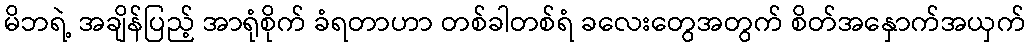
မိဘရဲ့ အချိန်ပြည့် အာရုံစိုက် ခံရတာဟာ တစ်ခါတစ်ရံ ခလေးတွေအတွက် စိတ်အနှောက်အယှက်